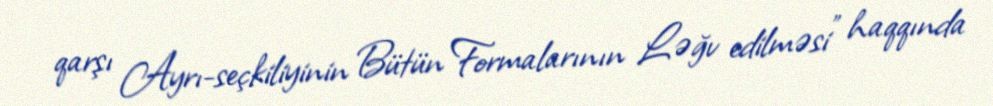
qarşı Ayrı-seçkiliyinin Bütün Formalarının Ləğv edilməsi” haqqında